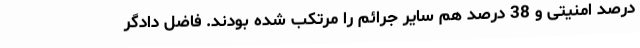
درصد امنیتی و 38 درصد هم سایر جرائم را مرتکب شده بودند. فاضل دادگر